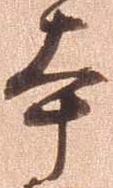
本